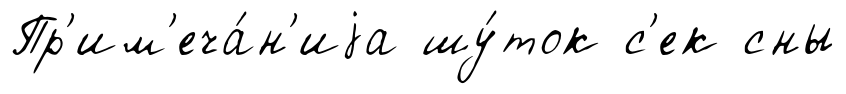
Пр'им'еча́н'иjа шу́ток с'ек сны